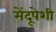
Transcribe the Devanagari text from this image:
मेंदूपेशी